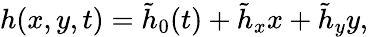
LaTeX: {h}(x,y,t)=\tilde{h}_{0}(t)+\tilde{h}_{x}x+\tilde{h}_{y}y,